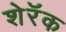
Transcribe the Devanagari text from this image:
शेरॅक